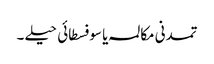
تمدنی مکالمہ یا سوفسطائی حیلے ۔